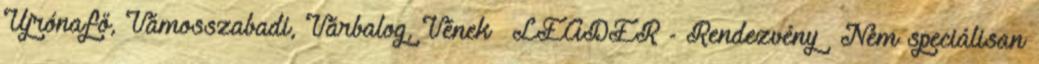
Újrónafő, Vámosszabadi, Várbalog, Vének ▪LEADER - Rendezvény ▪Nem speciálisan